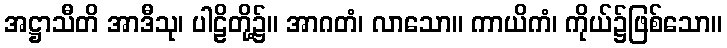
အဋ္ဌာသီတိ အာဒီသု၊ ပါဠိတို့၌။ အာဂတံ၊ လာသော။ ကာယိကံ၊ ကိုယ်၌ဖြစ်သော။